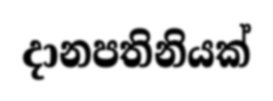
දානපතිනියක්